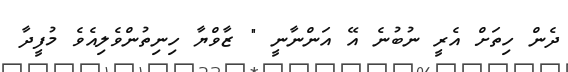
ދެން ހިތަށް އެރީ ނުބުނެ އޭ އަންނާނީ " ޒާވްޔާ ހިނިތުންވެލިއެވެ މުފީދާ